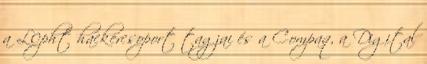
a L0pht hackercsoport tagjai és a Compaq, a Digital